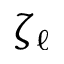
\zeta _ { \ell }